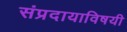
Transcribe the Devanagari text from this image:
संप्रदायाविषयी